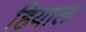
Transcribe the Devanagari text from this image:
हियाल